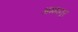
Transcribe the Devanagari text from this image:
अम्मानूर